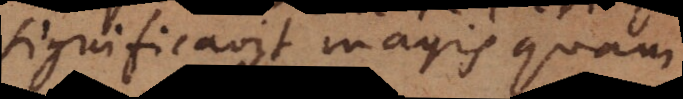
significavit magis quam